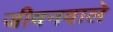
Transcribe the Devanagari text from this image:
जीवनवाले